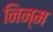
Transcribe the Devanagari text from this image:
निन्‍म